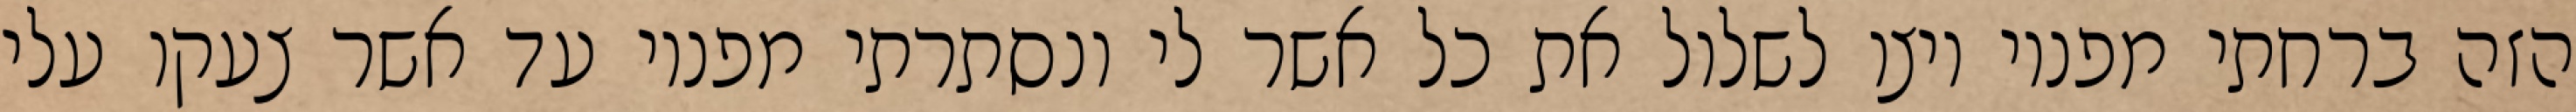
הזה ברחתי מפניו ויצו לשלול את כל אשר לי ונסתרתי מפניו עד אשר צעקו עלי